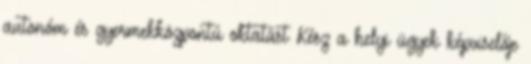
autonóm és gyermekközpontú oktatást Kész a helyi ügyek képviselője